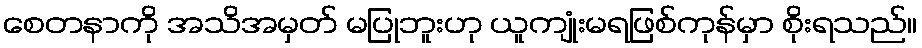
စေတနာကို အသိအမှတ် မပြုဘူးဟု ယူကျုံးမရဖြစ်ကုန်မှာ စိုးရသည်။